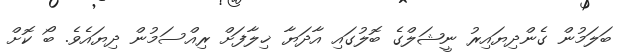
ބަލަމުން ގެންދިޔައިރު ނީޝަލްގެ ބޮލުގައި އާދަޔާ ޚިލާފަށް ރިއްސަމުން ދިޔައެވެ. ބޯ ކޮށް